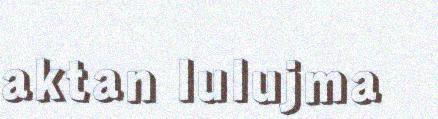
aktan lulujma